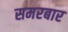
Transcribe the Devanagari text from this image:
समरबार